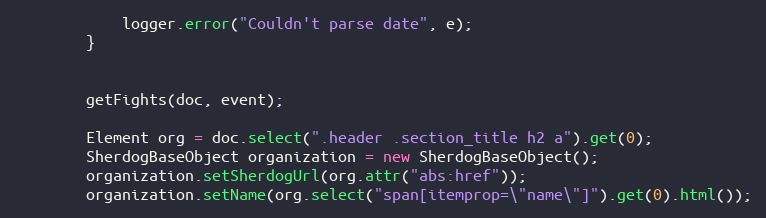
Language: Java
            logger.error("Couldn't parse date", e);
        }

        getFights(doc, event);

        Element org = doc.select(".header .section_title h2 a").get(0);
        SherdogBaseObject organization = new SherdogBaseObject();
        organization.setSherdogUrl(org.attr("abs:href"));
        organization.setName(org.select("span[itemprop=\"name\"]").get(0).html());